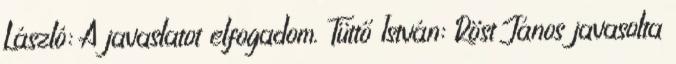
László: A javaslatot elfogadom. Tüttő István: Röst János javasolta